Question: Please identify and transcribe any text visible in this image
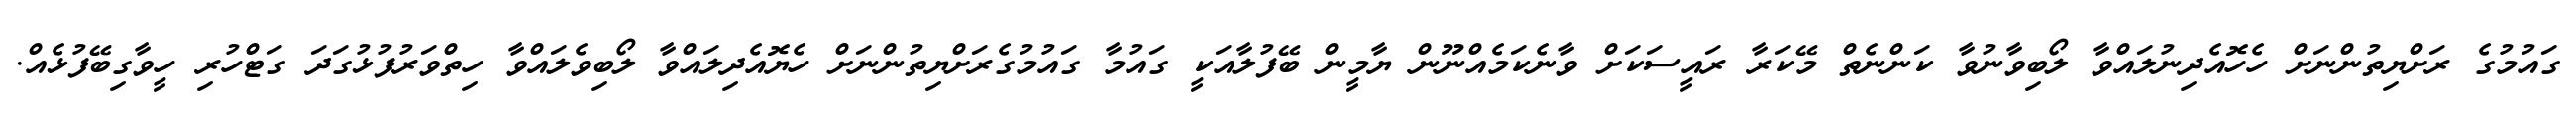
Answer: ގައުމުގެ ރަށްޔިތުންނަށް ހެހޮއެދިނުލައްވާ ލޯބިވާނުވާ ކަންނެތް މޭކަރާ ރައީސަކަށް ވާނެކަމެއްނޫން ޔާމީން ބޭފުލާއަކީ ގައުމާ ގައުމުގެރަށްޔިތުންނަށް ހެޔޮއެދިލައްވާ ލޯބިވެލައްވާ ހިތްވަރުފުޅުގަދަ ގަޓްހުރި ހީވާގިބޭފުޅެއް.